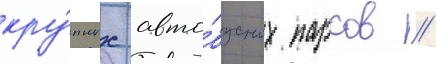
кру́пных авто́бусных парков //